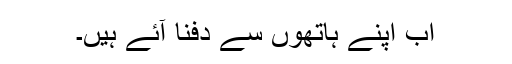
اب اپنے ہاتھوں سے دفنا آئے ہیں۔